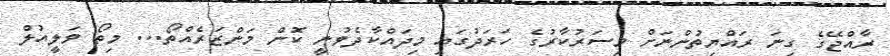
ރާއްޖޭގެ ގިނަ ރައްޔިތުންނަށް މިސަރުކާރުގެ ހަރަދުގައި މިދައްކާދެވުނީ ކޮން މަންޒަރެއްތޯ... މިތޯ ވަލީއުލް